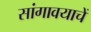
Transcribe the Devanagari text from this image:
सांगावयाचें